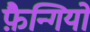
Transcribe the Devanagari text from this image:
फ़ैन्गियो